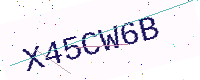
Text: X45CW6B